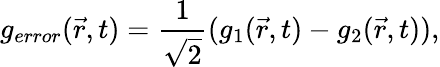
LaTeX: {{g}_{error}}(\vec{r},t)=\frac{1}{\sqrt{2}}({{g}_{1}}(\vec{r},t)-{{g}_{2}}(\vec{r},t)),